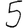
Digit: 5